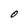
Character: O